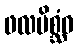
ဖလမိစ္ဆံဝ